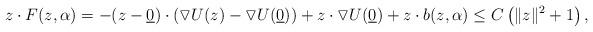
LaTeX: \begin{align*} z\cdot F(z,\alpha)=-(z-\underline{0})\cdot (\triangledown U(z)-\triangledown U(\underline{0})) + z \cdot \triangledown U(\underline{0}) + z\cdot b(z,\alpha) \leq C\left(\|z\|^2 +1 \right),\end{align*}